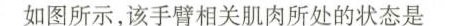
如图所示，该手臂相关肌肉所处的状态是